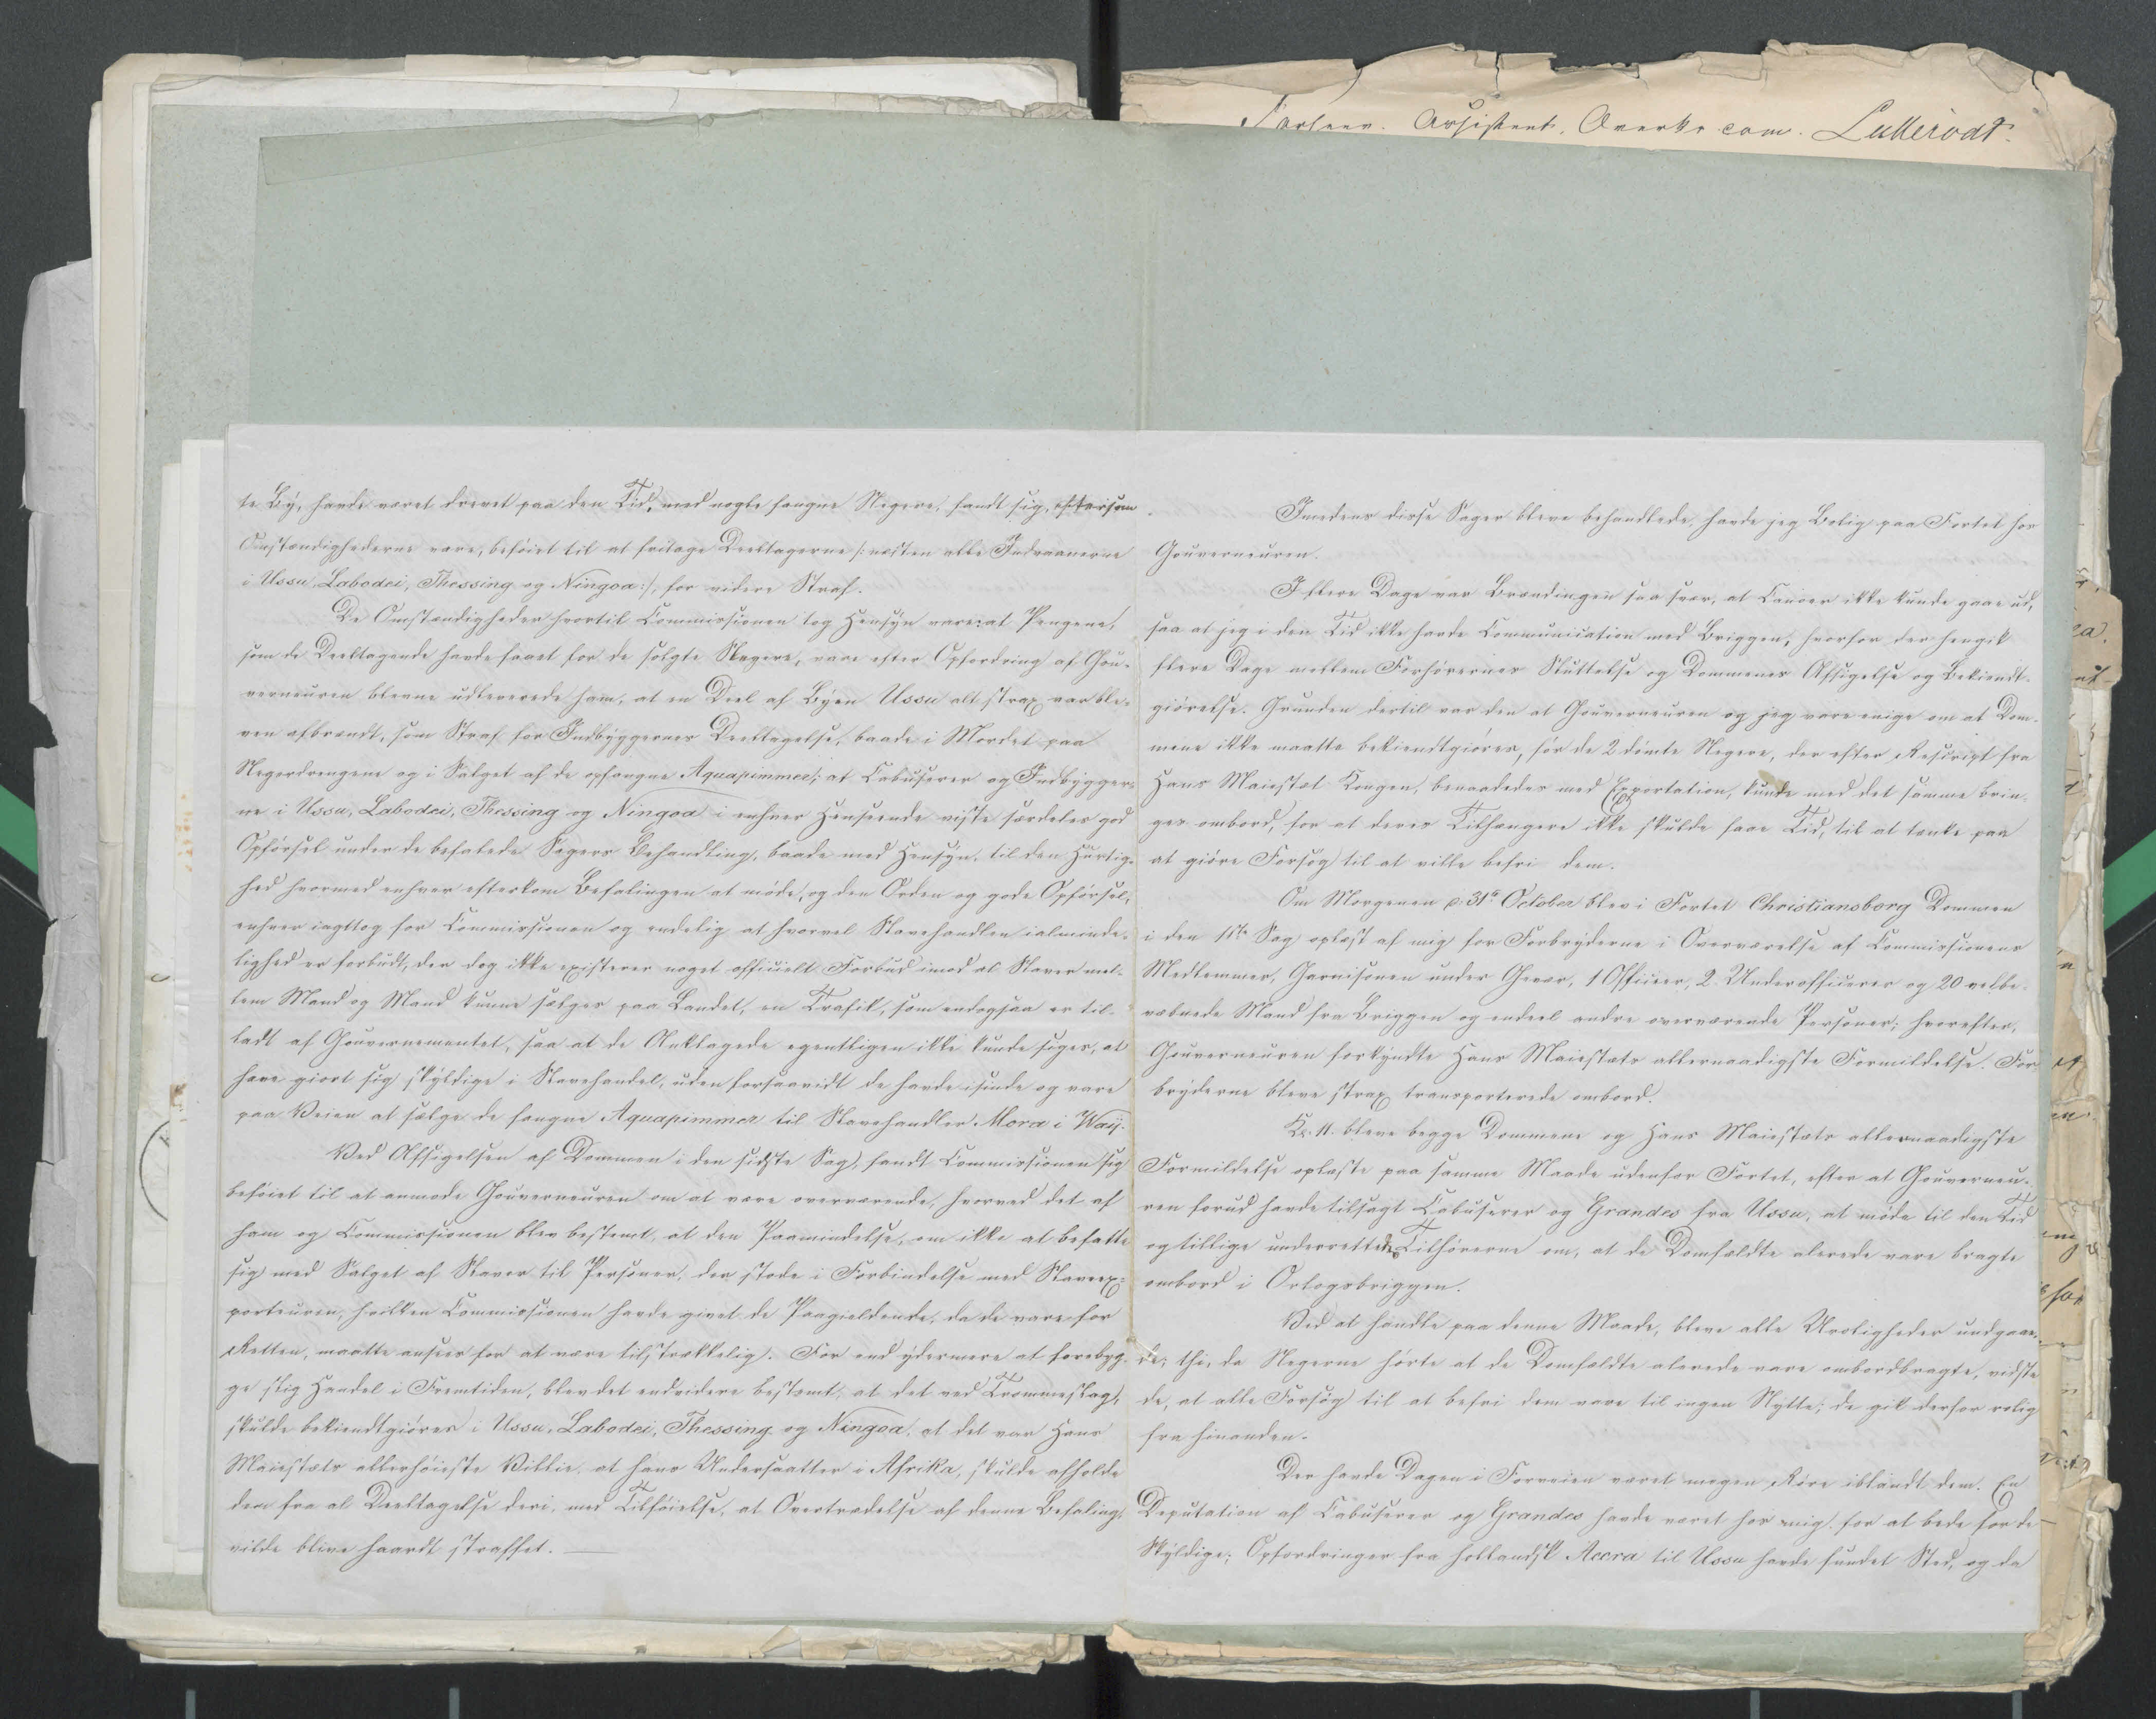
Transkription:
te By, havde været drevet paa den Tid, med nogle fangne Negere fandt sig, eftersom
Omstændighederne vare, beføiet til at fritage Deeltagerne /: næste alle Indvaanerne
i Ussu, Labodei, Thessing og Ningoa :/, for videre Straf.
De Omstændigheder hvortil Commissionen tog Hensyn varevel Pengene,
som de Deeltagende havde faaet for de solgte Negere, vare efter Opfordring af Gou=
verneuren blevne udleverede ham, at en Deel af Byen Usso alt strax var ble=
ven afbrændt, som Straf for Indbyggernes Deeltagelse, baade i Mordet paa
Negerdrengene og i Salget af de opfangne Aquaprimmer; at Cabuserer og Indbygger=
ne i Ussu, Labodei, Thessing og Ningoa i enhver Henseende viste særdeles god
Opførsel under de befalede Sagers Behandling; baade med Hensyn, til den Hurtig=
hed hvormed enhver efterkom Befalingen at møde, og den Orden og gode Opførsel,
enhver iagttog for Commissionen og endelig at hvorvel Slavehandlen ialminde=
lighed er forbudt, der dog ikke existerer noget officielt Forbud imod at Slaver mel=
lem Mand og Mand kunne sælges paa Landet, en Trafik, som endogsaa er til=
ladt af Gouvernementet, saa at de Anklagede egentligen ikke kunde siges, at
have giort sig skyldige i Slavehandel, uden forsaavidt de havde isinde og vare
paa Veien at sælge de fangne Aquaprimmer til Slavehandler Mora i Way.
Ved Afsigelsen af Dommen i den sidste Sag, fandt Commissionen sig
beføiet til at anmode Gouverneuren om at være overværende, hvorved det af
ham og Commissionen blev stemt, at den Paamindelse, om ikke at befatte
sig med Salget af Slaver til Personer, der stode i Forbindelse med Slaveex=
porteuren, hvilket Commissionen havde givet de Paagieldende, da de vare fpr
Retten, maatte ansees for at være tilstrækkelig. For end ydermere at forebyg=
ge slig Handel i Fremtiden, blev det endvidere bestemt, at det ved Trommeslag,
skulde bekiendtgiøres i Ussu, Labodei, Thessing og Ningoa, at det var Hans
Maiestæts allerhøieste Villia, at hans Undersaatter i Afrika, skulde afholde
dem fra al Deeltagelse deri, med Tilføielse, at Overtrædelse af denne Befaling,
vilde blive haardt straffet. —

Imedens disse Sager bleve behandlede, havde jeg Bolig paa Fortet hos
Houverneuren.
I flere Dage var Brændingen saa svær, at Canoer ikke kunde gaae ud,
saa at jeg i den Tid ikke havde Communication med Briggen, hvorfor der hengik
flere Dage mellem Forhørernes Sluttelse og Dommenes Afsigelse og Bekiendt=
giørelse. Grunden dertil var den at Gouverneuren og jeg vare enige om at Dom=
mene ikke maatte bekiendtgiøres, før de 2 dømte Negere, der efter Rescript fra
Hans Maiestæt Kongen, benaadedes med Exportation, kunde med det samme brin=
ges ombord, for at deres Tilhængere ikke skulde faae Tid, til at tænke paa
at giøre Forsøg til at ville befri dem.
Om Morgenen d: 31te October blev i Fortet Christiansborg Dommen
i den 1ste Sag oplæst af mig for Forbryderne i Overværelse af Commissionens
Medlemmer, Garnisonen under Gevær, 1 Officeer, 2 Underofficerer og 20 velbe=
væbnede Mand fra Briggen og endeel andre overværende Personer; hvorefter,
Gouverneuren forkyndte Hans Maiestæts allernaadigste Formildelse. For=
bryderne bleve strax transporterede ombord.
Kl: 11. bleve begge Dommene og Hans Maiestæts allernaadigste
Formildelse oplæste paa samme Maade udenfor Fortet, efter at Gouverneu=
ren forud havde tilsagt Cabuserer og Grandes fra Ussu, at møde til den Tid
og tillige underrettedes Tilhørerne om, at de Domfældte alerede vare bragte
ombord i Orlogsbriggen.
Ved at handle paa denne Maade, blive alle Uroligheder  undgaae=
de; thi, da Negerne hørte at de Domfældte alerede vare ombordbragte, vidste
de, at alle Forsøg til at befri dem vare til ingen Nytte; de gik derfor
fra hinanden.
Der havde Dagen i Forveien været megen Røre iblandt dem. En
Deputation af Cabuserer og Grandes havde været hos mig, for at bede for de
Skyldige; Opfordringer fra hollandsk Accra til Ussu havde fundet Sted, og da